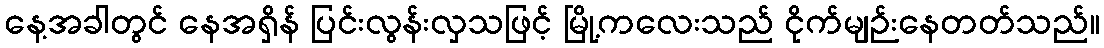
နေ့အခါတွင် နေအရှိန် ပြင်းလွန်းလှသဖြင့် မြို့ကလေးသည် ငိုက်မျဉ်းနေတတ်သည်။